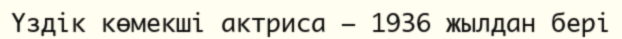
Үздік көмекші актриса – 1936 жылдан бері